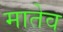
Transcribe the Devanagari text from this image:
मातेव